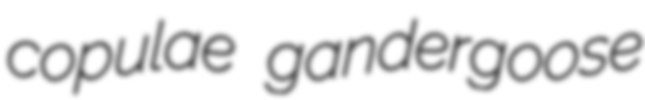
copulae gandergoose